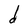
Character: d